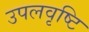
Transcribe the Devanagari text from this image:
उपलवृष्टि